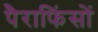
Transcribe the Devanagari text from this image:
पैराफिंसों